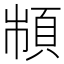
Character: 𩒌